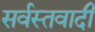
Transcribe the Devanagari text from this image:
सर्वस्तवादी